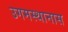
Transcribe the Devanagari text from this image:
उगमस्थानास